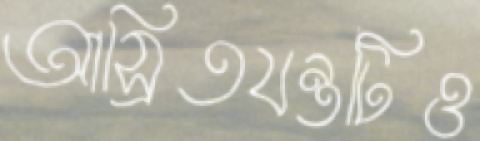
আস্রিতযন্ত্রটিও